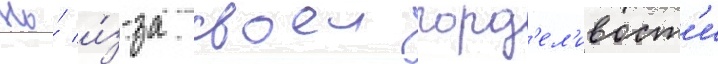
Но́ и́з-за своеи горд'ел'ивост'и